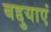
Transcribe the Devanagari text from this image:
बद्दुयाएं